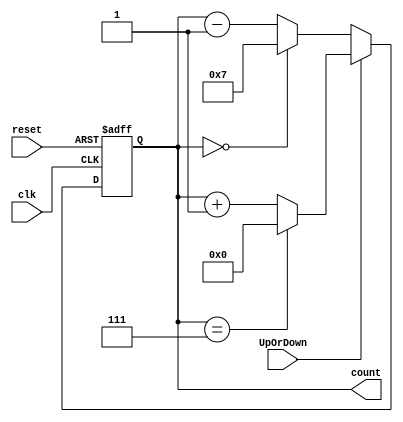
`timescale 1ns / 1ps
// Module Name: N_Bit updowncounter
module N_Bit_updowncounter(clk,reset ,UpOrDown,count);
     parameter N = 4;   
    //input ports and their sizes
    input clk,reset,UpOrDown;
    //output ports and their size
    output reg[N-1 : 0] count; 
    
     always @(posedge(clk) or posedge(reset))
     begin
        if(reset == 1) 
            count <= 0;
        else    
            if(UpOrDown == 1)   //Up mode selected
                if(count == 2*N-1)
                    count <= 0;
                else
                    count <= count + 1; //Incremend Counter
            else  //Down mode selected
                if(count == 0)
                    count <= 2*N-1;
                else
                    count <= count - 1; //Decrement counter
     end    
    
endmodule